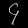
Digit: ၄